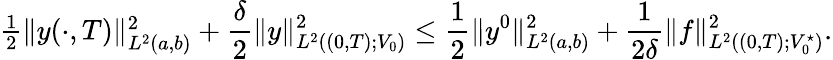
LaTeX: \begin{array}{r}{\frac 12\| y(\cdot,T)\| _{L^{2}(a,b)}^{2}+\displaystyle\frac{\delta}{2}\| y\| _{L^{2}((0,T);V_{0})}^{2}\leq\displaystyle\frac{1}{2}\| y^{0}\| _{L^{2}(a,b)}^{2}+\frac{1}{2\delta}\| f\| _{L^{2}((0,T);V_{0}^{\star})}^{2}.}\end{array}